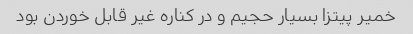
خمیر پیتزا بسیار حجیم و در کناره غیر قابل خوردن بود